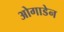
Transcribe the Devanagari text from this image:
ओगाडेन